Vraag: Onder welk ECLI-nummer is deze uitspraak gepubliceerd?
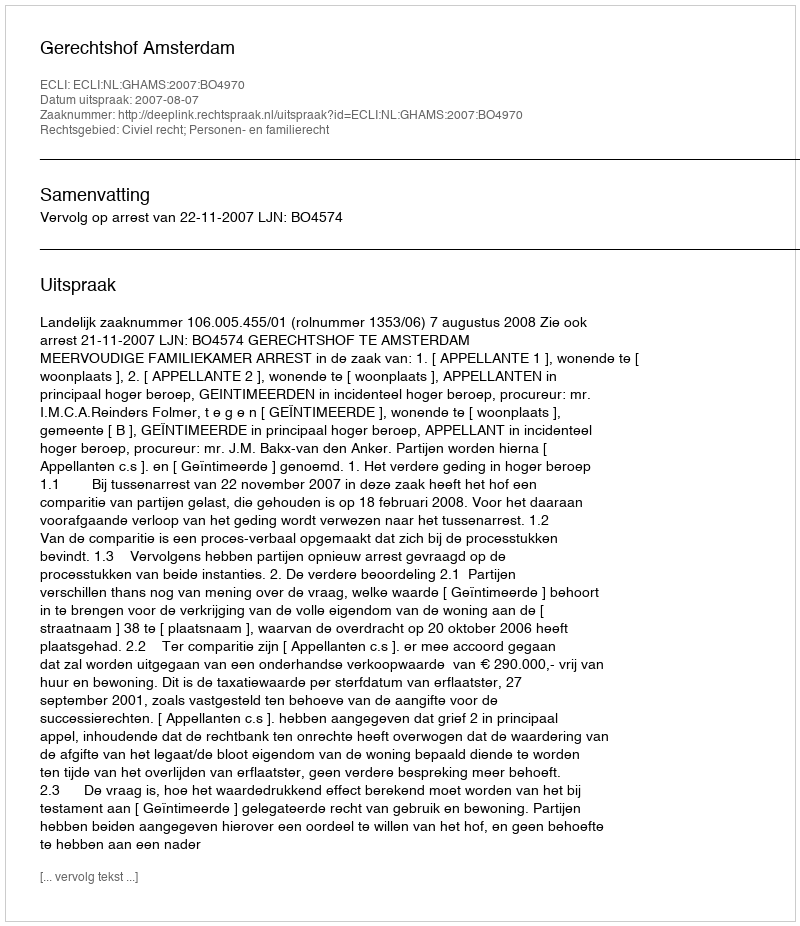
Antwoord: ECLI:NL:GHAMS:2007:BO4970